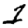
Digit: 1